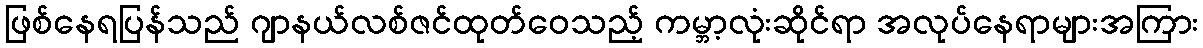
ဖြစ်နေရပြန်သည် ဂျာနယ်လစ်ဇင်ထုတ်ဝေသည့် ကမ္ဘာ့လုံးဆိုင်ရာ အလုပ်နေရာများအကြား